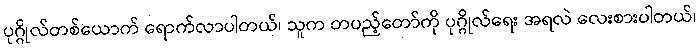
ပုဂ္ဂိုလ်တစ်ယောက် ရောက်လာပါတယ်၊ သူက တပည့်တော်ကို ပုဂ္ဂိုလ်ရေး အရလဲ လေးစားပါတယ်၊